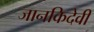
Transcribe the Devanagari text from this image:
जानकिदेवी